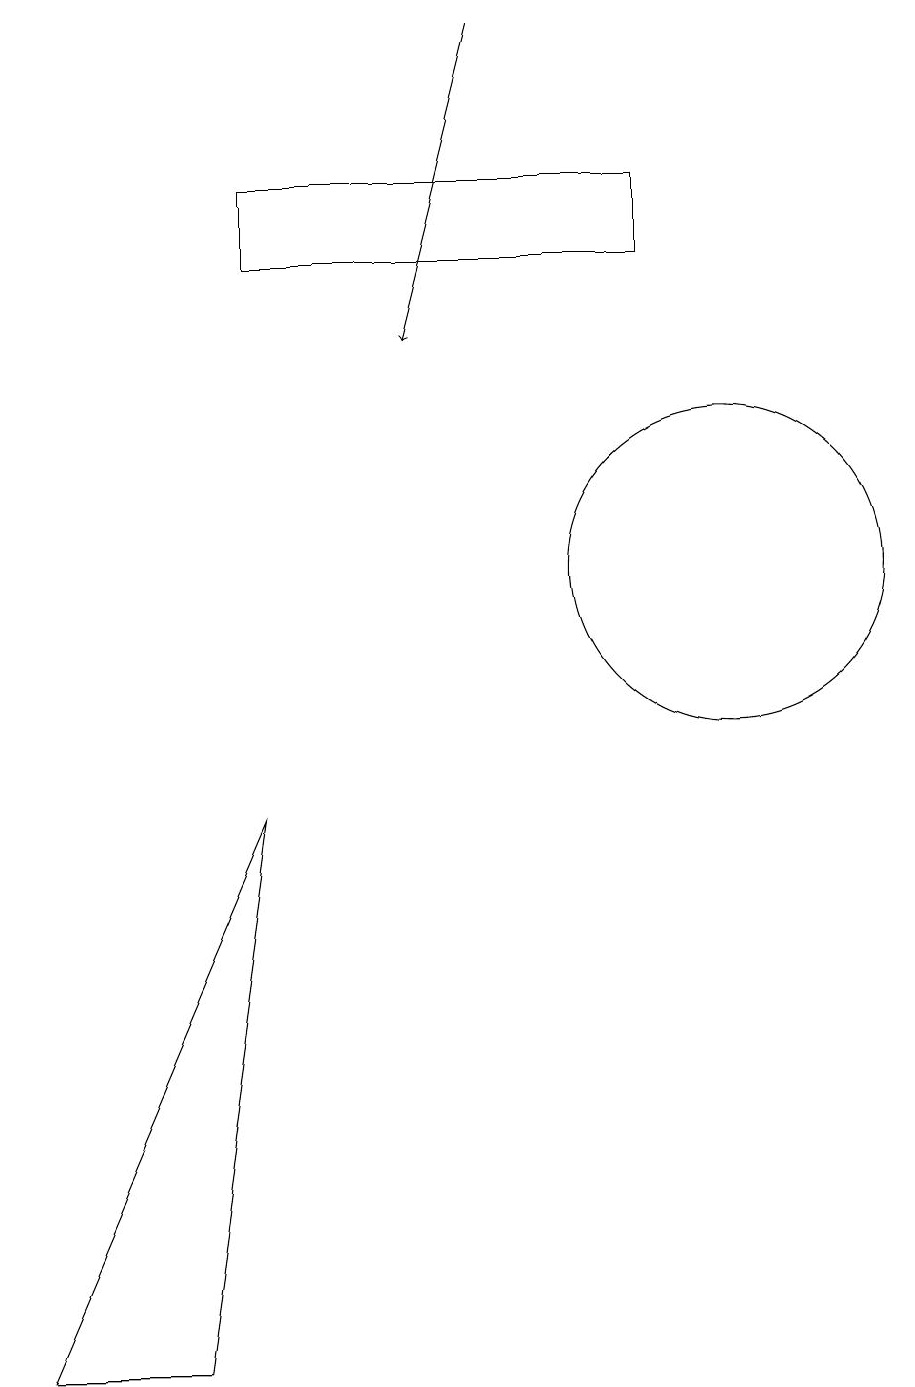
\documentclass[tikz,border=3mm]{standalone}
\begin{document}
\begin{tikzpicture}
\draw (10,10) circle (2);
\draw (4,7) -- (3,0) -- (1,0) -- cycle;
\draw[->] (7,17) -- (6,13);
\draw (9,14) rectangle (4,15);
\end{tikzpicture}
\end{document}